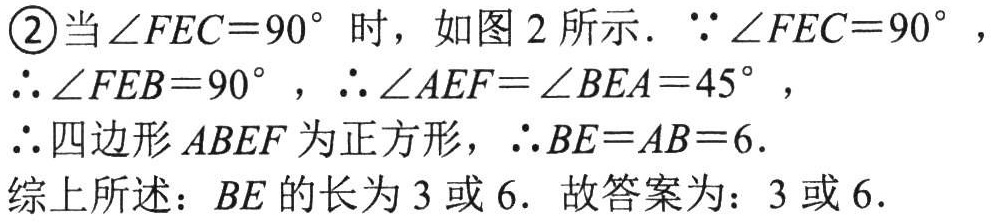
\textcircled{2}当\(\angle FEC = 90^{\circ}\)时，如图 2 所示．\(\because\angle FEC = 90^{\circ}\)，
\(\therefore\angle FEB = 90^{\circ}\)，\(\therefore\angle AEF=\angle BEA = 45^{\circ}\)，
\(\therefore\)四边形\(ABEF\)为正方形，\(\therefore BE = AB = 6\)．

综上所述：\(BE\)的长为\(3\)或\(6\)．故答案为：\(3\)或\(6\)．